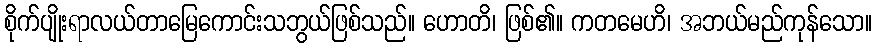
စိုက်ပျိုးရာလယ်တာမြေကောင်းသဘွယ်ဖြစ်သည်။ ဟောတိ၊ ဖြစ်၏။ ကတမေဟိ၊ အဘယ်မည်ကုန်သော။